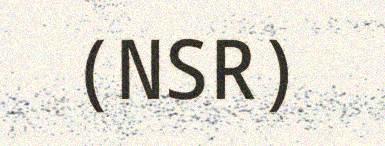
(NSR)